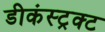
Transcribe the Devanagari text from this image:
डीकंस्ट्रक्ट